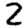
Digit: 2